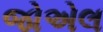
જોએલ